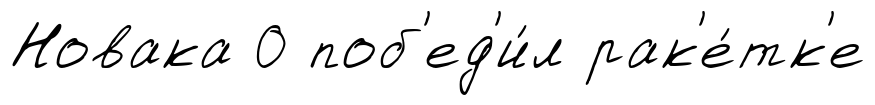
Новака 0 поб'ед'и́л рак'е́тк'е